Civil Veterinary Department Bihar & Orissa reports 1929-36 - 1929-1936
Year: 1929
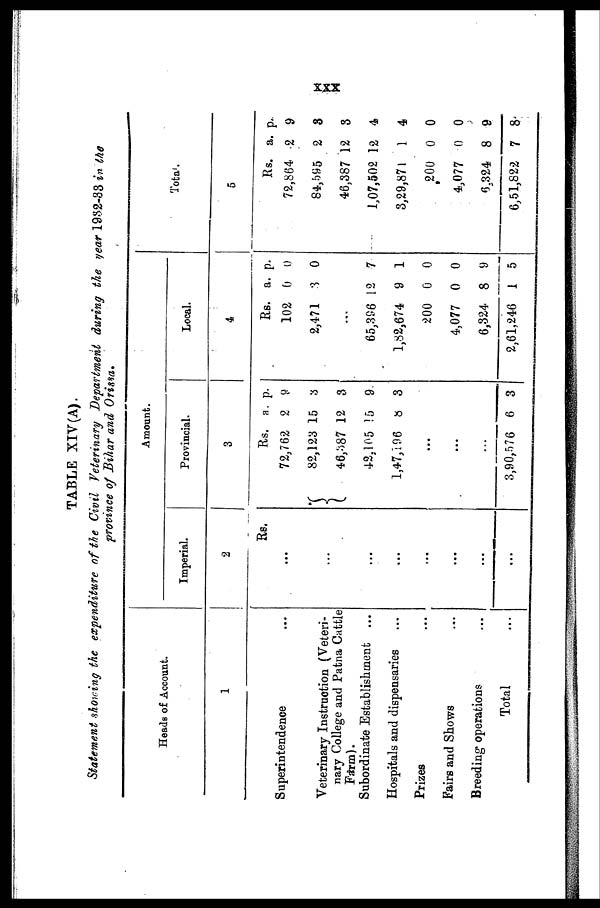
XXX
TABLE XIV(A).
Statement showing the expenditure of the Civil Veterinary Department during the year 1982-33 in the
province of Bihar and Orissa,
Heads of Account.
1
Superintendence ...
Veterinary Instruction (Veteri-
nary College and Patna Cattle
Farm).
Subordinate Establishment ...
Hospitals and dispensaries ...
Prizes ...
Fairs and Shows ...
Breeding operations ...
Total ...
Amount.
Imperial.
2
Rs.
...
...
...
...
...
...
...
...
...
Provincial.
3
Rs. a. p.
72,762 2 9
82,123 15 3
46,387 12 3
42,105 15 9
1,47,196 8 3
...
...
...
3,90,576 6 3
Local.
4
Rs. a. p.
102 0 0
2,471 3 0
...
65,396 12 7
1,82,674 9 1
200 0 0
4,077 0 0
6,324 8 9
2,61,246 1 5
Total.
5
Rs. a. p.
72,864 2 9
84,595 2 3
46,387 12 3
1,07,502 12 4
3,29,871 1 4
200 0 0
4,077 0 0
6.324 8 9
6,51,822 7 8